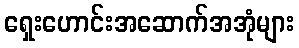
ရှေးဟောင်းအဆောက်အအုံများ